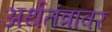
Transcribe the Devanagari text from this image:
अर्थतंत्रावर